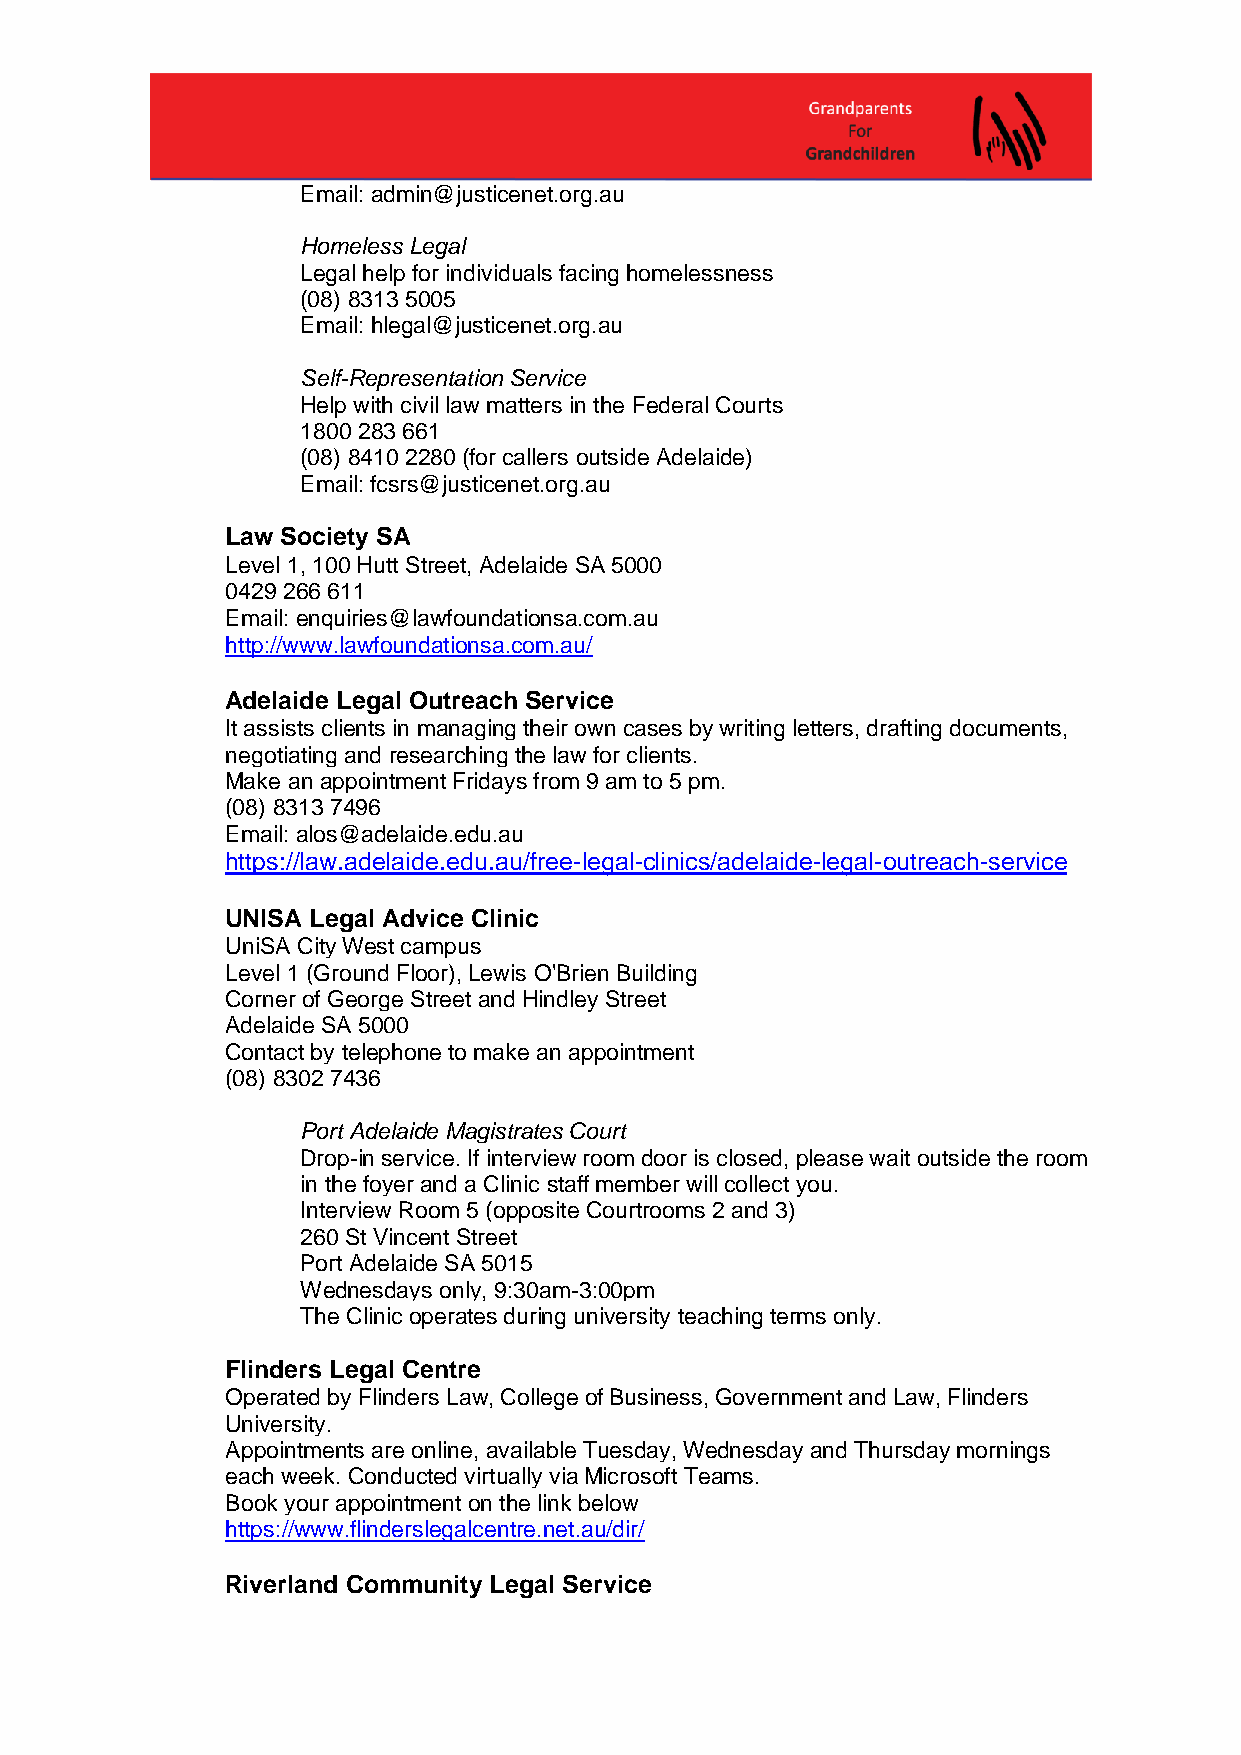
Email: admin@justicenet.org.au
 Homeless Legal
 Legal help for individuals facing homelessness
 (08) 8313 5005
 Email: hlegal@justicenet.org.au
 Self-Representation Service
 Help with civil law matters in the Federal Courts
 1800 283 661
 (08) 8410 2280 (for callers outside Adelaide)
 Email: fcsrs@justicenet.org.au
 Law Society SA
 Level 1, 100 Hutt Street, Adelaide SA 5000
 0429 266 611
 Email: enquiries@lawfoundationsa.com.au
 http://www.lawfoundationsa.com.au/
 Adelaide Legal Outreach Service
 It assists clients in managing their own cases by writing letters, drafting documents,
 negotiating and researching the law for clients.
 Make an appointment Fridays from 9 am to 5 pm.
 (08) 8313 7496
 Email: alos@adelaide.edu.au
 https://law.adelaide.edu.au/free-legal-clinics/adelaide-legal-outreach-service
 UNISA Legal Advice Clinic
 UniSA City West campus
 Level 1 (Ground Floor), Lewis O'Brien Building
 Corner of George Street and Hindley Street
 Adelaide SA 5000
 Contact by telephone to make an appointment
 (08) 8302 7436
 Port Adelaide Magistrates Court
 Drop-in service. If interview room door is closed, please wait outside the room
 in the foyer and a Clinic staff member will collect you.
 Interview Room 5 (opposite Courtrooms 2 and 3)
 260 St Vincent Street
 Port Adelaide SA 5015
 Wednesdays only, 9:30am-3:00pm
 The Clinic operates during university teaching terms only.
 Flinders Legal Centre
 Operated by Flinders Law, College of Business, Government and Law, Flinders
 University.
 Appointments are online, available Tuesday, Wednesday and Thursday mornings
 each week. Conducted virtually via Microsoft Teams.
 Book your appointment on the link below
 https://www.flinderslegalcentre.net.au/dir/
 Riverland Community Legal Service